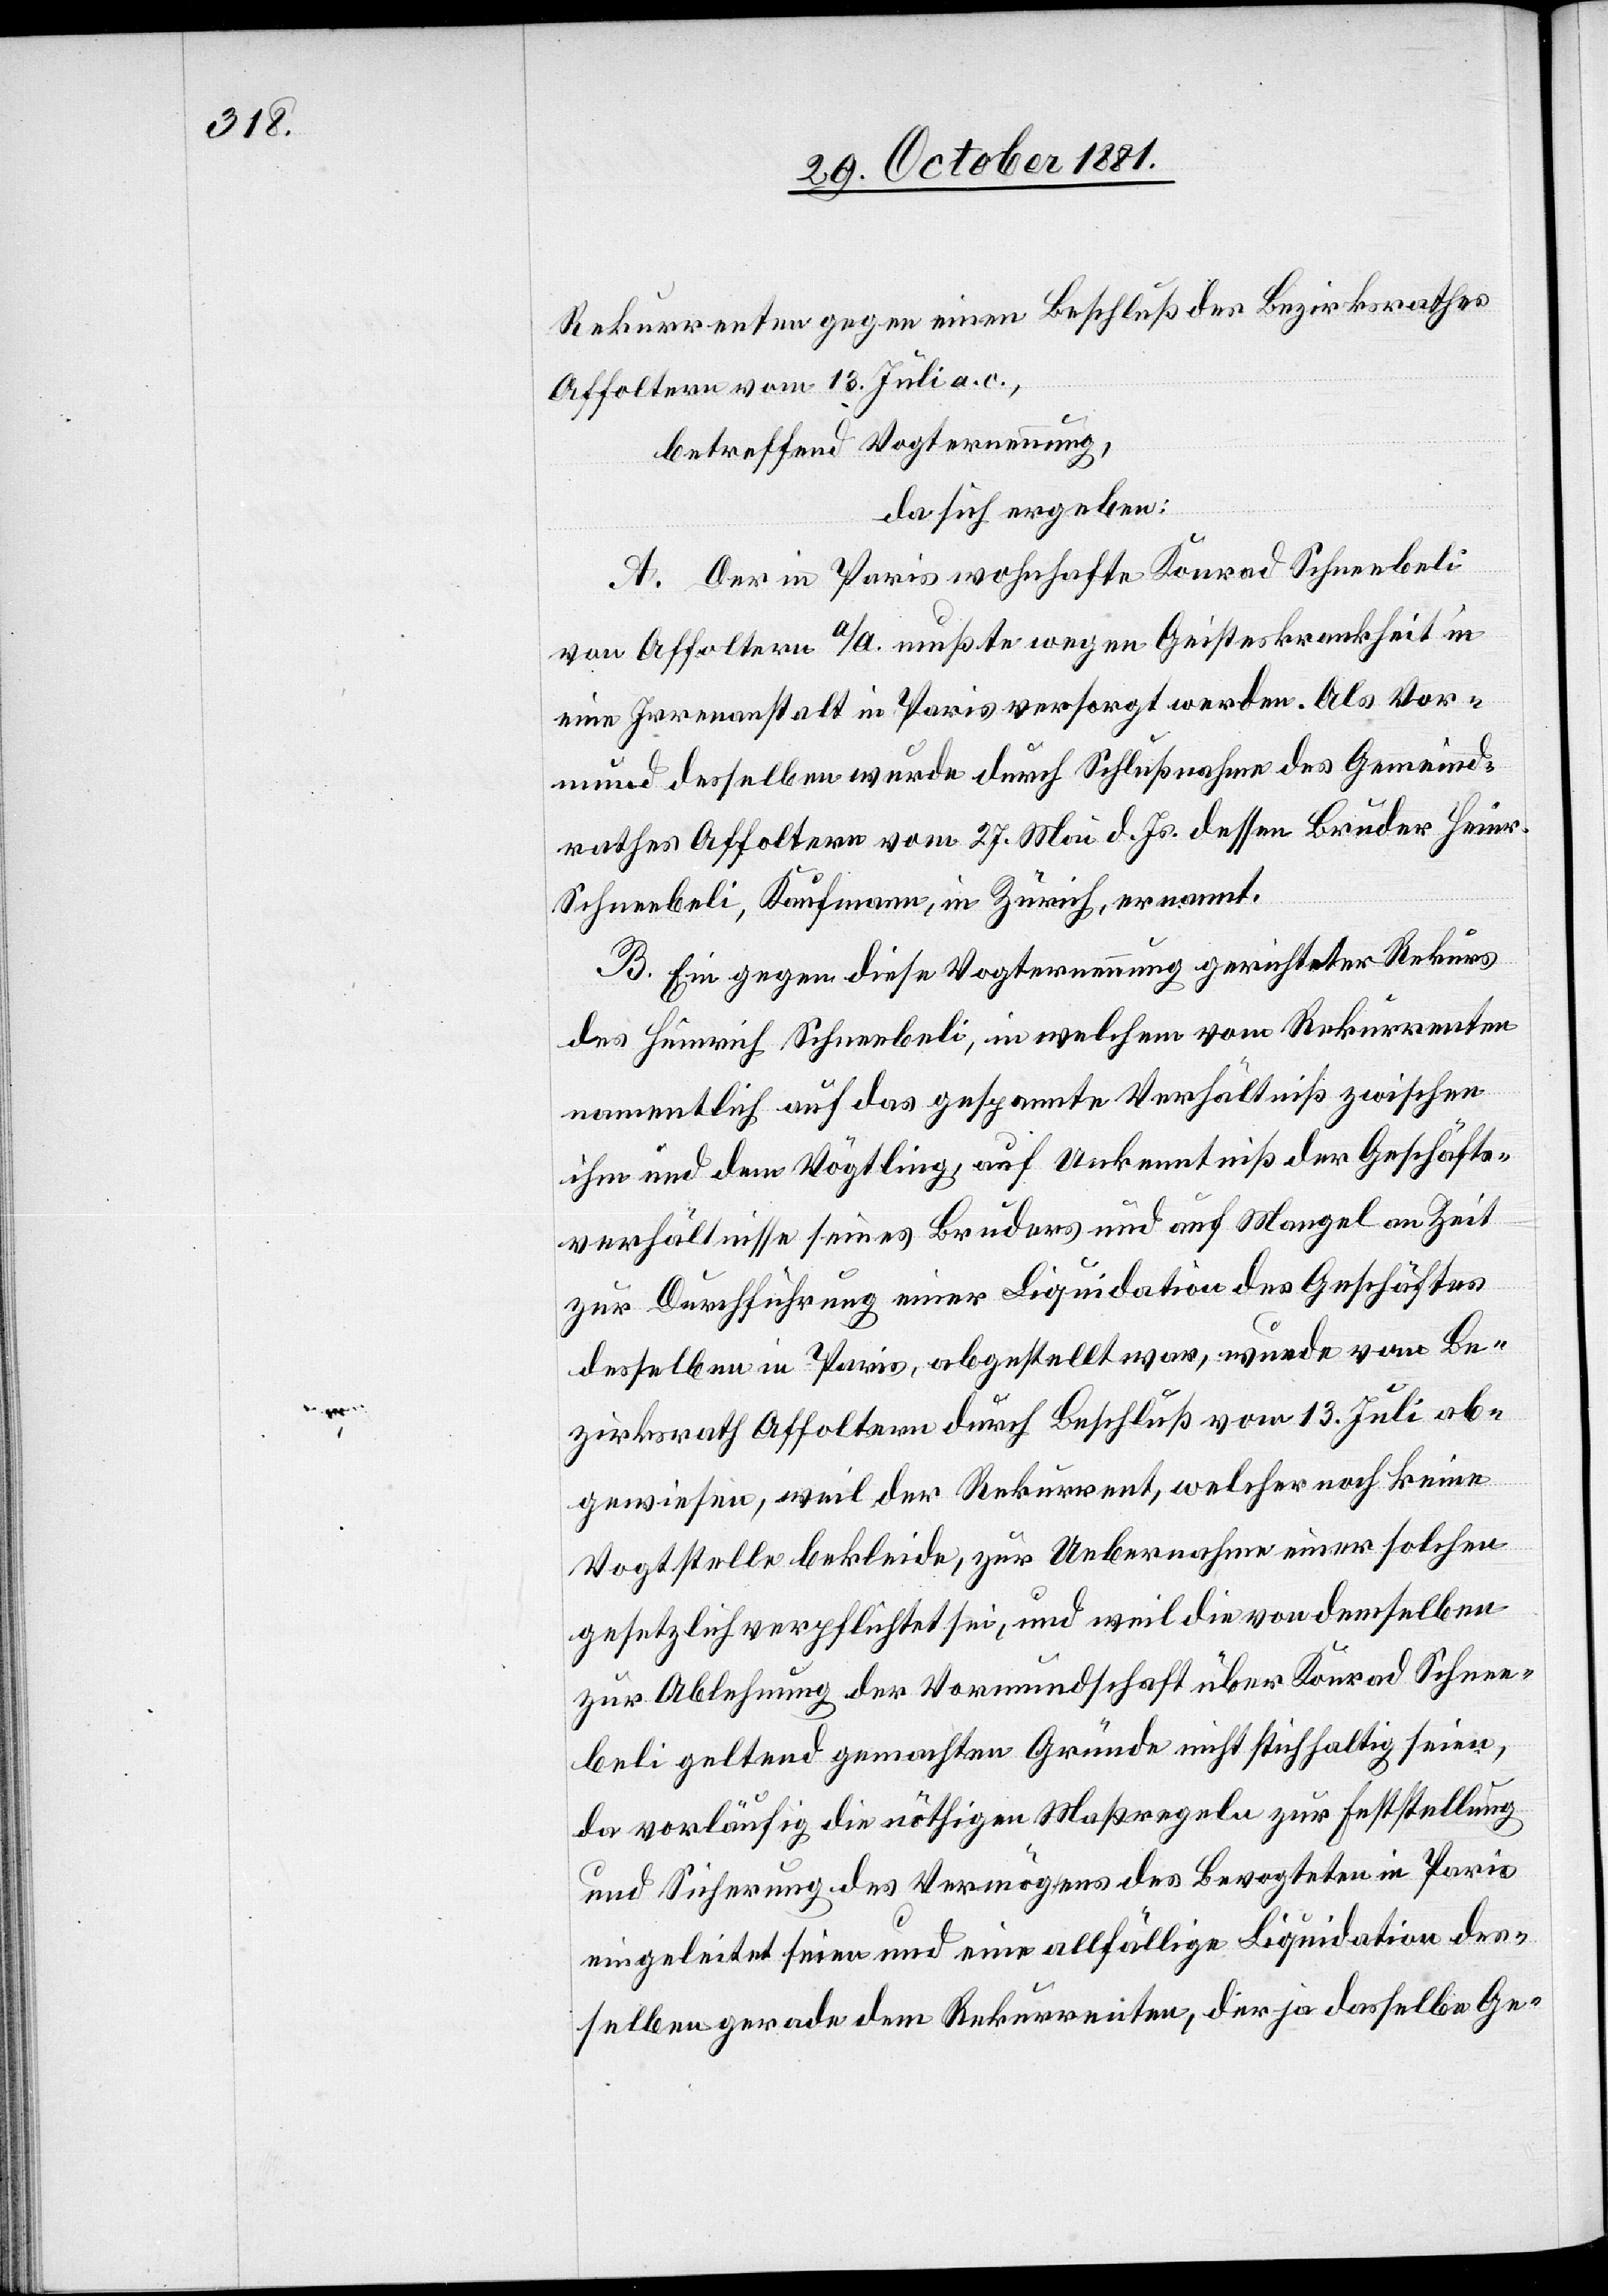
Rekurrenten gegen einen Beschluß des Bezirksrathes
Affoltern vom 13. Juli a. c.,
betreffend Vogternennung,
da sich ergeben:
A. Der in Paris wohnhafte Konrad Schneebeli
von Affoltern a/A. mußte wegen Geisteskrankheit in
eine Irrenanstalt in Paris versorgt werden. Als Vor¬
mund desselben wurde durch Schlußnahme des Gemeind¬
rathes Affoltern vom 27. Mai d. Js. dessen Bruder Heinr.
Schneebeli, Kaufmann, in Zürich, ernannt.
B. Ein gegen diese Vogternennung gerichteter Rekurs
des Heinrich Schneebeli, in welchem vom Rekurrenten
namentlich auf das gespannte Verhältniß zwischen
ihm und dem Vögtling, auf Unkenntniß der Geschäfts¬
verhältnisse seines Bruders und auf Mangel an Zeit
zur Durchführung einer Liquidation des Geschäftes
desselben in Paris, abgestellt war, wurde vom Be¬
zirksrath Affoltern durch Beschluß vom 13. Juli ab¬
gewiesen, weil der Rekurrent, welcher noch keine
Vogtstelle bekleide, zur Uebernahme einer solchen
gesetzlich verpflichtet sei, und weil die von demselben
zur Ablehnung der Vormundschaft über Konrad Schnee¬
beli gelten gemachten Gründe nicht stichhaltig seien,
da vorläufig die nöthigen Maßregeln zur Feststellung
und Sicherung des Vermögens des Bevogteten in Paris
eingeleitet seien und eine allfällige Liquidation des¬
selben gerade dem Rekurrenten, der ja dasselbe Ge-